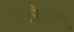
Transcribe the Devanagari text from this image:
कारेबनु